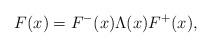
LaTeX: \begin{align*}F(x) = F^{-}(x) \Lambda(x) F^{+}(x),\end{align*}